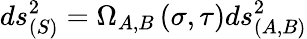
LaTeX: ds_{(S)}^{2}=\Omega_{A,B}\left(\sigma,\tau\right)ds_{(A,B)}^{2}